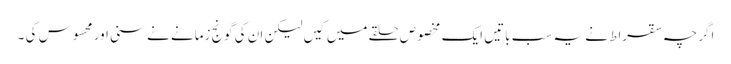
اگرچہ سقراط نے یہ سب باتیں ایک مخصوص حلقے میں کیں لیکن ان کی گونج زمانے نے سنی اور محسوس کی ۔